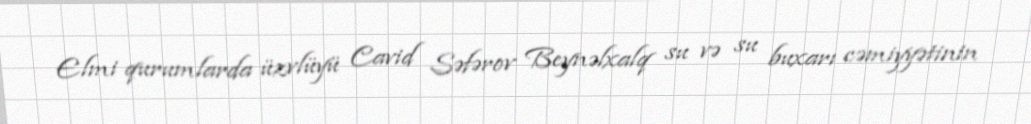
Elmi qurumlarda üzvlüyü Cavid Səfərov Beynəlxalq su və su buxarı cəmiyyətinin